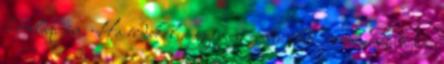
honlapján. Ha érdekel a gyimesi ember élete, sorsa, néprajza,